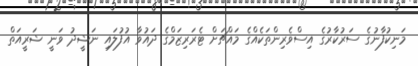
މަނިކުފާނުގެ ސަރުކާރުގެ އިސްވެރިންތަކެއްގެ މައްޗަށް ޓެރަރިޒަމްގެ ދައުވާ އުފުލައި ނަޝީދު ވަނީ ޝަރީއަތް